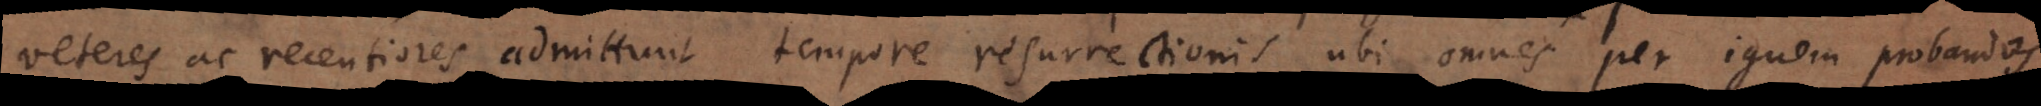
veteres ac recentiores admittunt tempore resurrectionis, ubi omnes per ignem proband